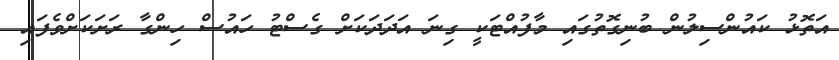
އަތޮޅު ކައުންސިލުން ބުނިގޮތުގައި މާފުއްޓަކީ ގިނަ އަދަދަކަށް ގެސްޓު ހައުސް ހިންގާ ރަށަކަށްވެފައި